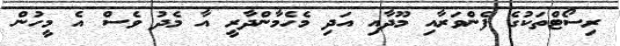
ރިސޯޓްތަކުގެ ފެންވަރާއި މޫދާއި އަދި މެހެމާންދާރީ އާ މެދު ވެސް އެ މީހުން